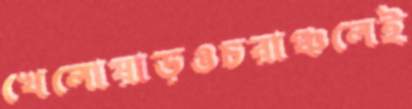
খেলোয়াড়ওচরাঞ্চলেই